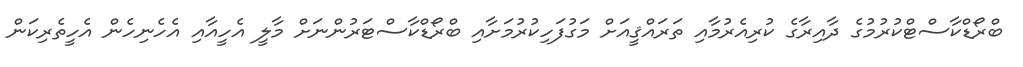
ބްރޯޑްކާސްޓްކުރުމުގެ ދާއިރާގެ ކުރިއެރުމާއި ތަރައްޤީއަށް މަގުފަހިކުރުމަށާއި ބްރޯޑްކާސްޓަރުންނަށް މާލީ އެހީއާއި އެހެނިހެން އެހީތެރިކަން